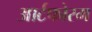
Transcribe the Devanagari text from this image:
आर्टफोरम